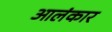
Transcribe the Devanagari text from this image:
आलंकार